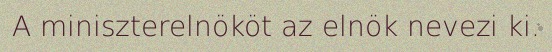
A miniszterelnököt az elnök nevezi ki.